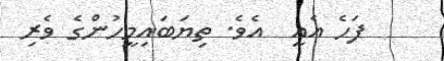
ފަހެ އެއީ  އެވެ. ތިޔަބައިމީހުންގެ ވެރި